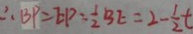
\therefore B P = E P = \frac { 1 } { 2 } B E = 2 - \frac { 1 } { 2 } t